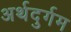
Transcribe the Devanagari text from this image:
अर्थदुर्गम